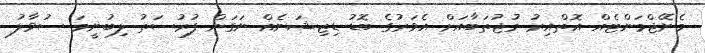
މެނޭޖްމަންޓެއް އޮތްއިރު މުޖުތަބާއަށް އެވަރުގެ ބޮޑު ޑިޒިޝަނެއް ނަގަން ފުރުސަތު ލިބުނީމަ ސުވާލު